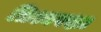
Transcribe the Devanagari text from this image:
तिश्यरक्षा